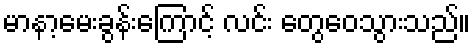
မာနာ့မေးခွန်းကြောင့် လင်း တွေဝေသွားသည်။